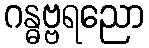
ဂန္ဓဗ္ဗရညော